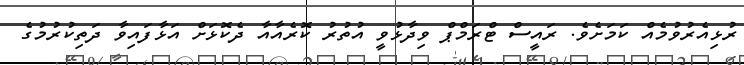
ރުޅިއެރުވުމެއް ކަމަށެވެ. ރައީސް ޓްރަމްޕް ވިދާޅުވީ އުތުުރު ކޮރެއާއާ ދެކޮޅަށް އަޅާފައިވާ ދަތިކުރުމުގެ